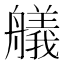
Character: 艤